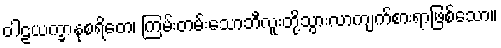
ဝါဠယက္ခာနုစရိတေ၊ ကြမ်းတမ်းသောဘီလူးတို့သွားလာကျက်စားရာဖြစ်သော။